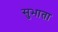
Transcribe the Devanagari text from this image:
सुभाता